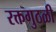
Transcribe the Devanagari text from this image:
रक्तगुठळी